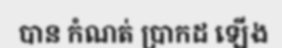
បាន កំណត់ ប្រាកដ ឡើង